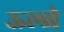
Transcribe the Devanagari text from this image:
ऊल्जे